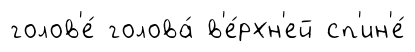
голов'е́ голова́ в'е́рхн'ей сп'ин'е́